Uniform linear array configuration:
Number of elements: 16
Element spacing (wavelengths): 0.25
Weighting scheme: kaiser
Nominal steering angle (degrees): -15
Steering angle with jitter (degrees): -16.039
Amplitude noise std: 0.05
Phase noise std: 0.05

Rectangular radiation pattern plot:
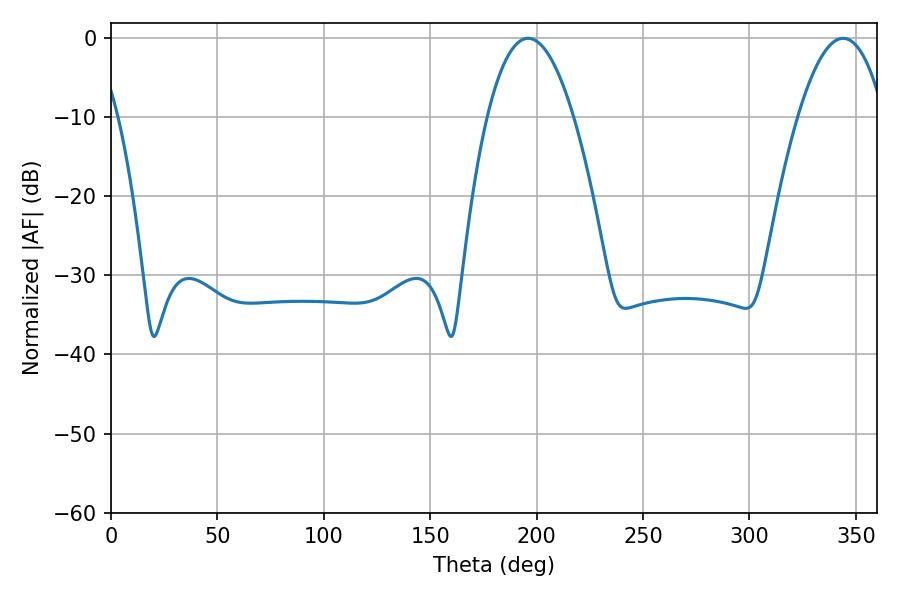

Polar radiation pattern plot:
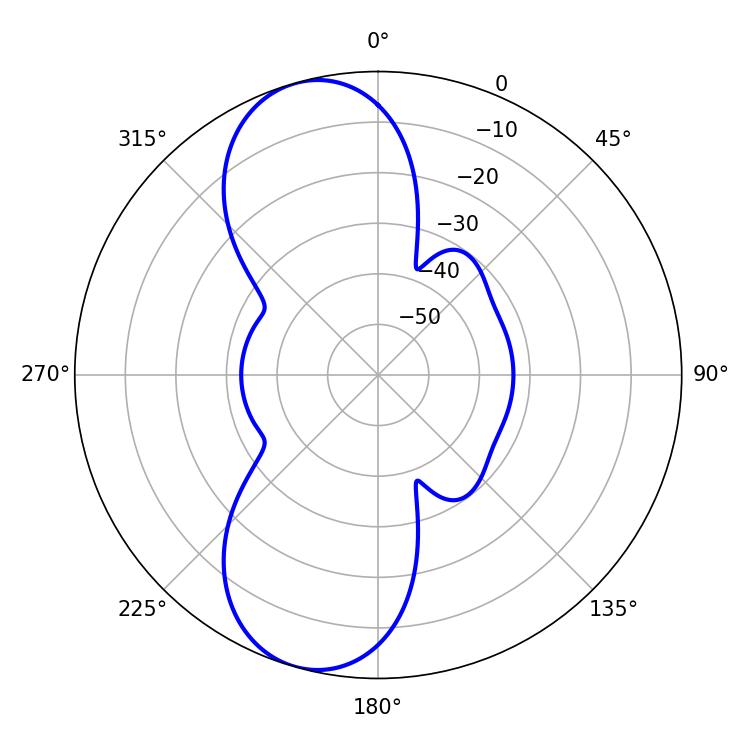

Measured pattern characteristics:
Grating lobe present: FALSE
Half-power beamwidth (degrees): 22.5
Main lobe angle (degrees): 196.02